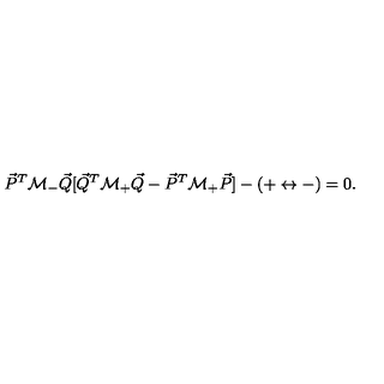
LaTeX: { \vec { P } } ^ { T } { \cal M } _ { - } { \vec { Q } } [ { \vec { Q } } ^ { T } { \cal M } _ { + } { \vec { Q } } - { \vec { P } } ^ { T } { \cal M } _ { + } { \vec { P } } ] - ( + \leftrightarrow - ) = 0 .